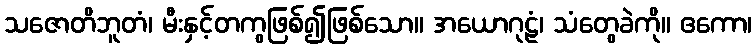
သဇောတိဘူတံ၊ မီးနှင့်တကွဖြစ်၍ဖြစ်သော။ အယောဂုဠံ၊ သံတွေခဲကို။ ဧကော၊